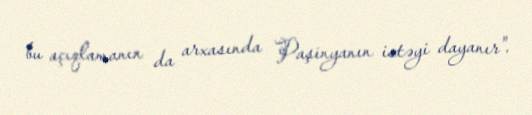
bu açıqlamanın da arxasında Paşinyanın istəyi dayanır".